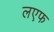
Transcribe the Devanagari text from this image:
लएफ